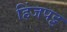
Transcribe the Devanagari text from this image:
हिंजपट्ट